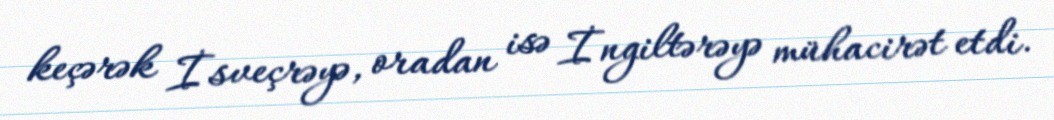
keçərək İsveçrəyə, oradan isə İngiltərəyə mühacirət etdi.